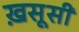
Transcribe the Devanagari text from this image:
ख़सूसी